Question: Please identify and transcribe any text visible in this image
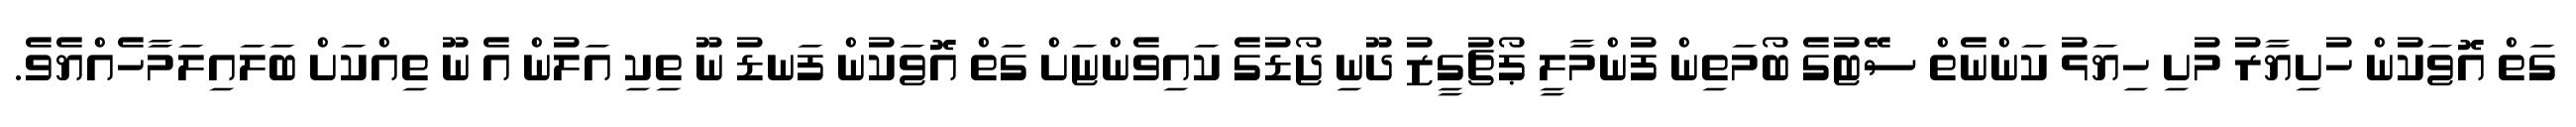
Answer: ގަތް އޮޱަކުން ހުށިޔާރު މުށި ހިޔަޅު ކަންނެތް ސޭޓުގެ ބޯމަތިން ފުންމާލީ ޕޯޗުގީޒު ދޫނި ޖޯޑުގެ ކައިވެންޏަށް ގަތް އޮޱަކުން ފަނޑު ނޫ ތިކި އަލުން އެ ނޫ ތިއްކަށް ބަލައިލަމާހެއްޔެވެ.